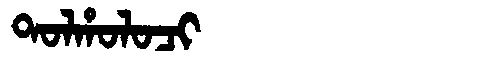
Manchu: ᡨᠣᠯᡥᠣᠯᠣᠴᡳ
Romanization: TOLHOLOCI